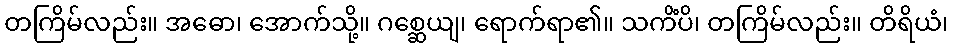
တကြိမ်လည်း။ အဓော၊ အောက်သို့။ ဂစ္ဆေယျ၊ ရောက်ရာ၏။ သကိံပိ၊ တကြိမ်လည်း။ တိရိယံ၊